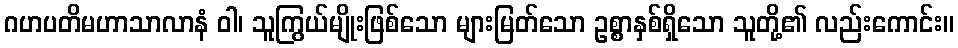
ဂဟပတိမဟာသာလာနံ ဝါ၊ သူကြွယ်မျိုးဖြစ်သော များမြတ်သော ဥစ္စာနှစ်ရှိသော သူတို့၏ လည်းကောင်း။